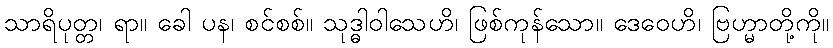
သာရိပုတ္တ၊ ရာ။ ခေါ ပန၊ စင်စစ်။ သုဒ္ဓါဝါသေဟိ၊ ဖြစ်ကုန်သော။ ဒေဝေဟိ၊ ဗြဟ္မာတို့ကို။